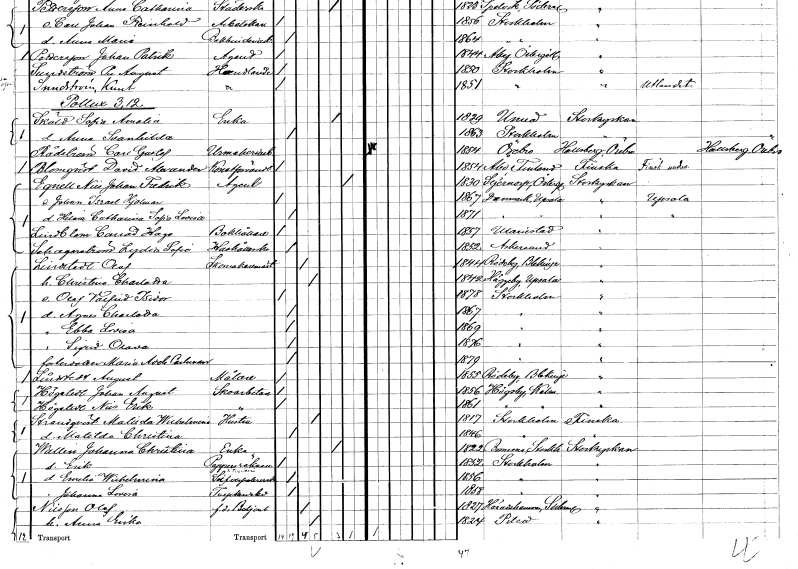
gt_parse: households: individuals: FN: Carl Gustaf
EN: Rådström
YRKE: Urmakeriarbetare
KON: M
CIV: O
FODAR: 1854
FODFORS: Örebro Örebro län
FN: David Alexander
EN: Blomqvist
YRKE: Konstförvandt
KON: M
CIV: O
FODAR: 1854
FN: Nils Johan Fredrik
EN: Egnell
YRKE: Agent
KON: M
CIV: E
FODAR: 1830
FODFORS: Stjärnorp Östergötlands län
FN: Johan Israel Hjalmar
KON: M
CIV: O
FODAR: 1867
FODFORS: Danmark Uppsala län
FN: Helnia Catharina Sofia Lovisa
KON: K
CIV: O
FODAR: 1871
FODFORS: Danmark Uppsala län
FN: Conrad Hugo
EN: Lindblom
YRKE: Bokhållare
KON: M
CIV: O
FODAR: 1857
FODFORS: Mariestad Skaraborgs län
FN: Lydia Sofia
EN: Schagerström
YRKE: Hushållerska
KON: K
CIV: O
FODAR: 1852
FODFORS: Askersund Örebro län
FN: Olof
EN: Lindstedt
YRKE: Skomakarmäster
KON: M
CIV: G
FODAR: 1844
FODFORS: Rödeby Blekinge län
FN: Christina Charlotta
KON: K
CIV: G
FODAR: 1842
FODFORS: Häggeby Uppsala län
FN: Olof Valfrid Isidor
KON: M
CIV: O
FODAR: 1878
FODFORS: Stockholm
FN: Agnes Charlotta
KON: K
CIV: O
FODAR: 1867
FODFORS: Stockholm
FN: Ebba Lovisa
KON: K
CIV: O
FODAR: 1869
FODFORS: Stockholm
FN: Sigrid Olava
KON: K
CIV: O
FODAR: 1876
FODFORS: Stockholm
FN: Maria Adele
EN: Carlsson
KON: K
CIV: O
FODAR: 1879
FODFORS: Stockholm
FN: August
EN: Lindstedt
YRKE: Målare
KON: M
CIV: O
FODAR: 1855
FODFORS: Rödeby Blekinge län
FN: Johan August
EN: Högstedt
YRKE: Skoarbetare
KON: M
CIV: O
FODAR: 1856
FODFORS: Högsby Kalmar län
FN: Nils Erik
EN: Högstedt
YRKE: Skoarbetare
KON: M
CIV: O
FODAR: 1861
FODFORS: Högsby Kalmar län
FN: Matilda Wilhelmina
EN: Strandqvist
YRKE: Hustru
KON: K
CIV: G
FODAR: 1817
FODFORS: Stockholm
FN: Matilda Christina
KON: K
CIV: O
FODAR: 1846
FODFORS: Stockholm
FN: Johanna Christina
EN: Wallin
YRKE: Änka
KON: K
CIV: E
FODAR: 1822
FODFORS: Bromma Stockholms län
FN: Erik
YRKE: Pappersräknare
KON: M
CIV: O
FODAR: 1852
FODFORS: Stockholm
FN: Emelia Wilhelmina
YRKE: Silverpolererska
KON: K
CIV: O
FODAR: 1856
FODFORS: Stockholm
FN: Johanna Lovisa
YRKE: Tryckeriarbeterska
KON: K
CIV: O
FODAR: 1858
FODFORS: Stockholm
FN: Olof
EN: Nilsson
YRKE: Betjänt f.d.
KON: M
CIV: G
FODAR: 1827
FODFORS: Härad Södermanlands län
FN: Anna Erika
KON: K
CIV: G
FODAR: 1824
FODFORS: Piteå Norrbottens län